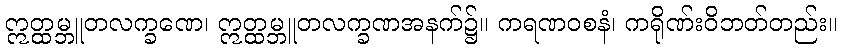
ဣတ္ထမ္ဘူတလက္ခဏေ၊ ဣတ္ထမ္ဘူတလက္ခဏအနက်၌။ ကရဏဝစနံ၊ ကရိုဏ်းဝိဘတ်တည်း။